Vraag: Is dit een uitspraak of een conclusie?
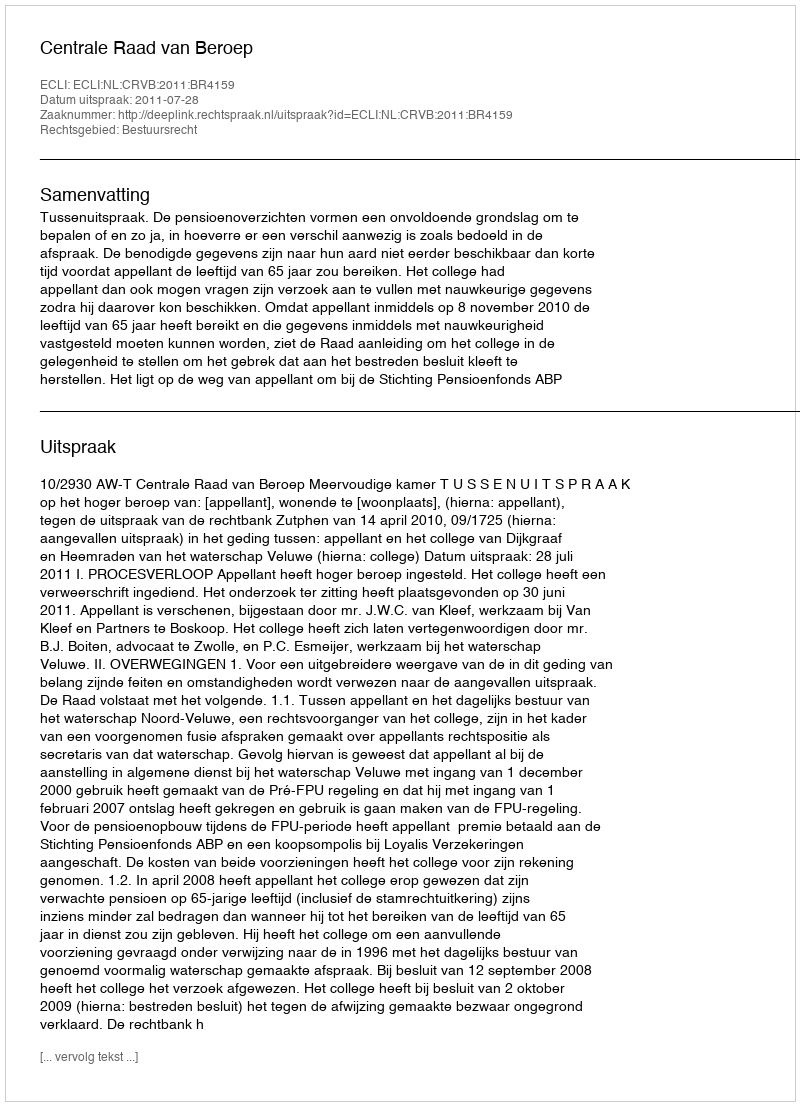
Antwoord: Uitspraak